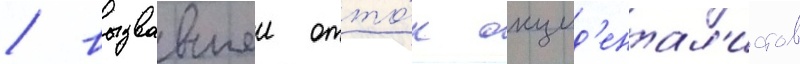
/ вызвавшеи отто́к окцид'ентал'истов